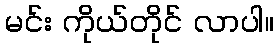
မင်း ကိုယ်တိုင် လာပါ။